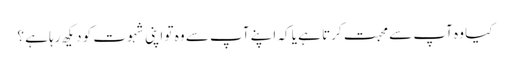
کیا وہ آپ سے محبت کرتا ہے یا کہ اپنے آپ سے وہ تو اپنی شہوت کو دیکھ رہا ہے ؟